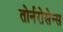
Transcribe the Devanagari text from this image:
तोर्नरोसेन्स